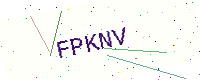
Text: FPKNV